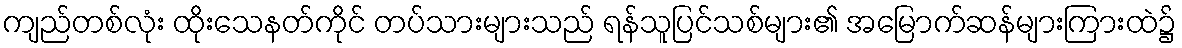
ကျည်တစ်လုံး ထိုးသေနတ်ကိုင် တပ်သားများသည် ရန်သူပြင်သစ်များ၏ အမြောက်ဆန်များကြားထဲ၌